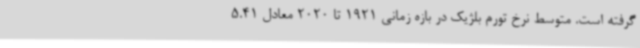
گرفته است. متوسط نرخ تورم بلژیک در بازه زمانی 1921 تا 2020 معادل 5.41